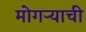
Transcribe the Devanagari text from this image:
मोगऱ्याची